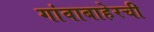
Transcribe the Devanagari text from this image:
गांवाबाहेरची